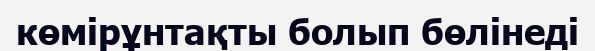
көмірұнтақты болып бөлінеді